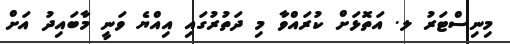
މިނިސްޓަރު ލ. އަތޮޅަށް ކުރައްވާ މި ދަތުރުގައި އިއްޔެ ވަނީ މާބައިދު އަށް